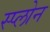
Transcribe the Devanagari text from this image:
स्प्लोन